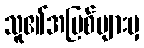
သူ၏အပြစ်များမှ